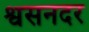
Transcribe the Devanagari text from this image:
श्वसनदर